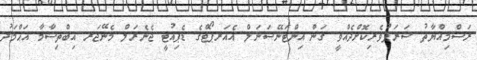
ރަސްމިއްޔާތު ޝަރަފުވެރިކޮށްދެއްވީ ގަން އިންޓަނޭޝަނަލް އެއަރޕޯޓްގެ ޑެޕިއުޓީ ޖެނެރަލް މެނޭޖަރ އިބްތިޝާމާ އަޙްމަދު